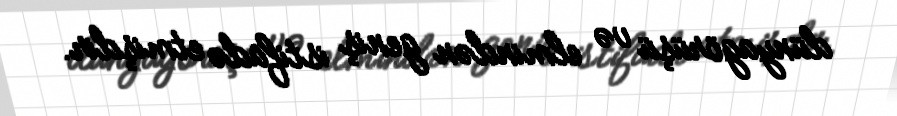
dünyagörüşü və elmindən geniş istifadə etmişdir.